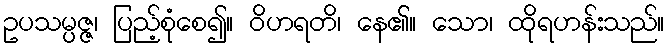
ဥပသမ္ပဇ္ဇ၊ ပြည့်စုံစေ၍။ ဝိဟရတိ၊ နေ၏။ သော၊ ထိုရဟန်းသည်။